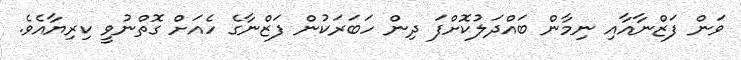
ވަން ފަޒްނާއާއި ނިމާން ބައްދަލުކޮށްފަ ދިން ހަބަރަކުން ފަޒްނާގެ ހެއަށް ގޮތްނުވީ ކިރިޔާއެވެ.